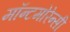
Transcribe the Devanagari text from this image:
मॉन्टमोरेन्सी